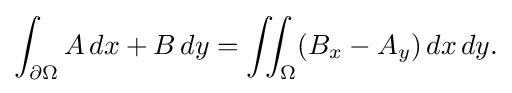
\displaystyle {\int _{\partial \Omega }A\,dx+B\,dy=\iint _{\Omega }(B_{x}-A_{y})\,dx\,dy.}